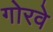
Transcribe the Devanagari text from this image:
गोरवे